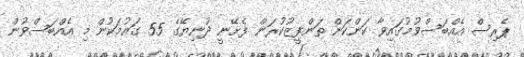
ޕެރިސް އެއްބަސްވުމުގައިވާ ކަންކަން ތަންފީޒުކުރަން ފެށޭނީ ދުނިޔޭގެ 55 ގައުމަކުން މި އެއްބަސްވުން